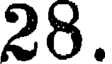
28.